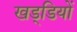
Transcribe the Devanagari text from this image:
खड्डियों